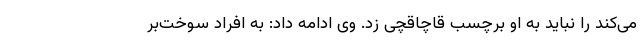
می‌کند را نباید به او برچسب قاچاقچی زد. وی ادامه داد: به افراد سوخت‌بر